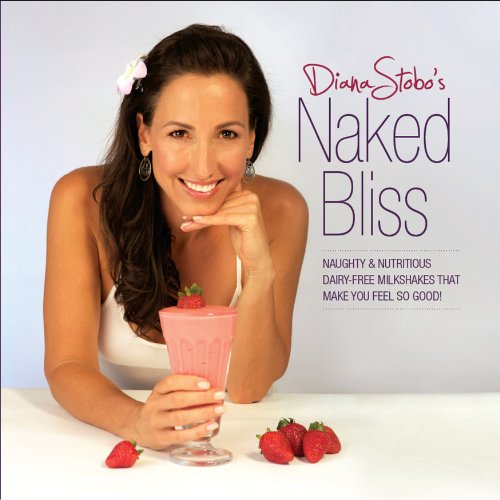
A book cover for Naked Bliss: Naughty and Nutritious Dairy Free Milkshakes that Make You Feel So Good; Diana Stobo; Cookbooks, Food & Wine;